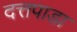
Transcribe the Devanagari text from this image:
दत्तपाडा